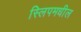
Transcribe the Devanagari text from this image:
स्लिपमधील